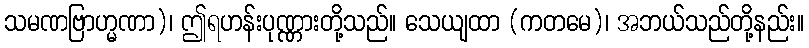
သမဏဗြာဟ္မဏာ)၊ ဤရဟန်းပုဏ္ဏားတို့သည်။ သေယျထာ (ကတမေ)၊ အဘယ်သည်တို့နည်း။